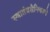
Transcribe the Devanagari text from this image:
स्वातंत्रसैनिकाचे